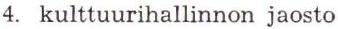
4. kulttuurihallinnon jaosto